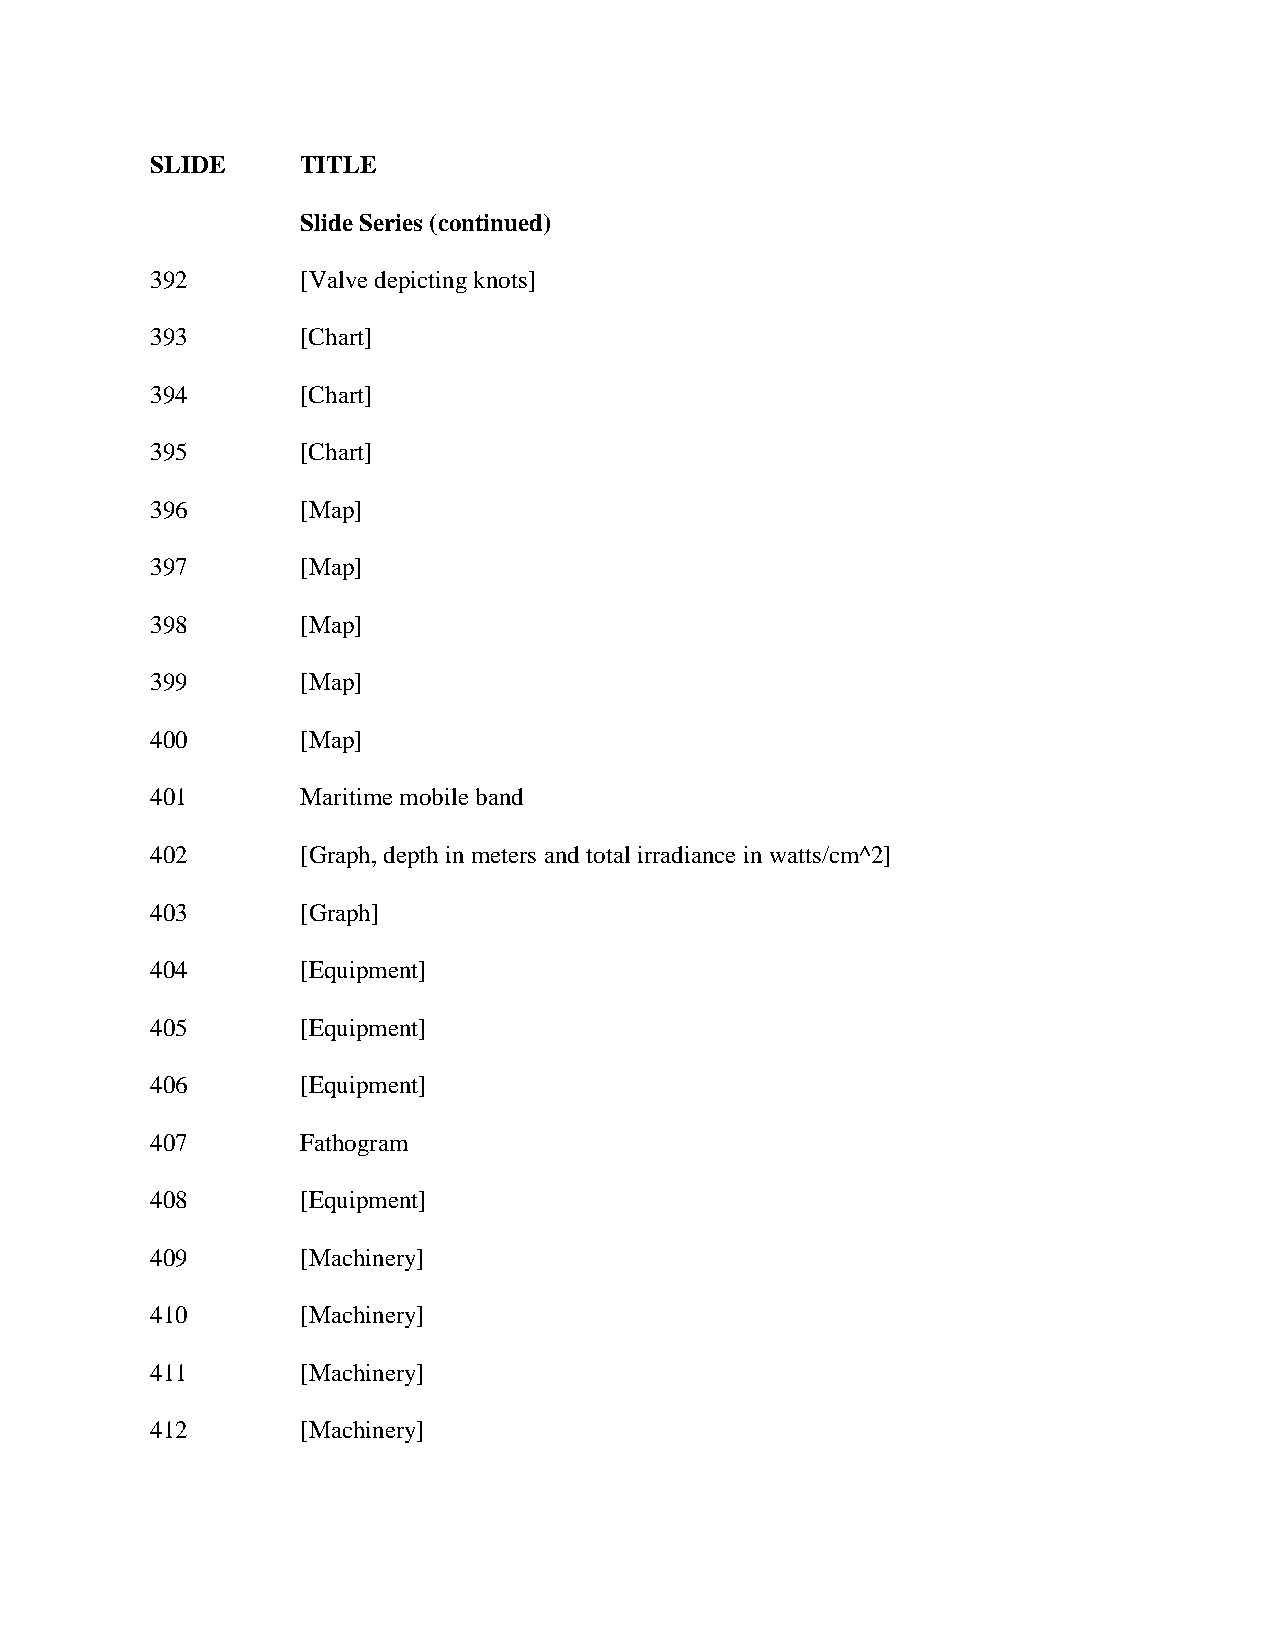
SLIDE     TITLE
 Slide Series (continued)
 392       [Valve depicting knots]
 393       [Chart]
 394       [Chart]
 395       [Chart]
 396       [Map]
 397       [Map]
 398       [Map]
 399       [Map]
 400       [Map]
 401       Maritime mobile band
 402       [Graph, depth in meters and total irradiance in watts/cm^2]
 403       [Graph]
 404       [Equipment]
 405       [Equipment]
 406       [Equipment]
 407       Fathogram
 408       [Equipment]
 409       [Machinery]
 410       [Machinery]
 411       [Machinery]
 412       [Machinery]